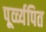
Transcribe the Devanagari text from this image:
पूर्व्व्यपित